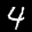
Label: 4